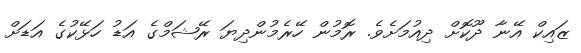
ޒައިކް އޭނާ ދޫކޮށް ދިއުމަށެވެ. ރޮމުން ހޭރެމުންދިޔަ ރޭޝަމްގެ އަޑު ހަޅޭކުގެ އަޑަށް